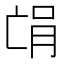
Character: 𫡻